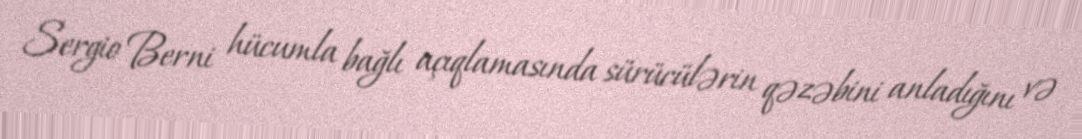
Sergio Berni hücumla bağlı açıqlamasında sürücülərin qəzəbini anladığını və